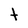
Character: t